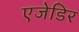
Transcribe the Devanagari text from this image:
एजेडिर